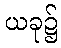
ယခု၌